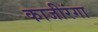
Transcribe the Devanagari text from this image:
काजीरंगा